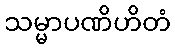
သမ္မာပဏိဟိတံ